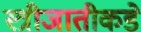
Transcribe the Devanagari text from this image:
स्त्रीजातीकडे